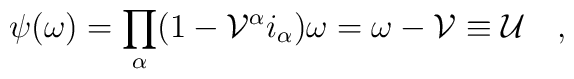
\psi (\omega) = \prod_\alpha (1-\mathcal{V}^\alpha i_\alpha)\omega =\omega - \mathcal{V} \equiv \mathcal{U}\quad,